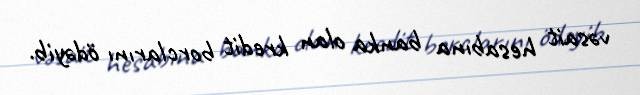
vəsait hesabına banka olan kredit borclarını ödəyib.